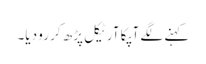
کہنے لگے آپکا آرٹیکل پڑھ کر رو دیا۔